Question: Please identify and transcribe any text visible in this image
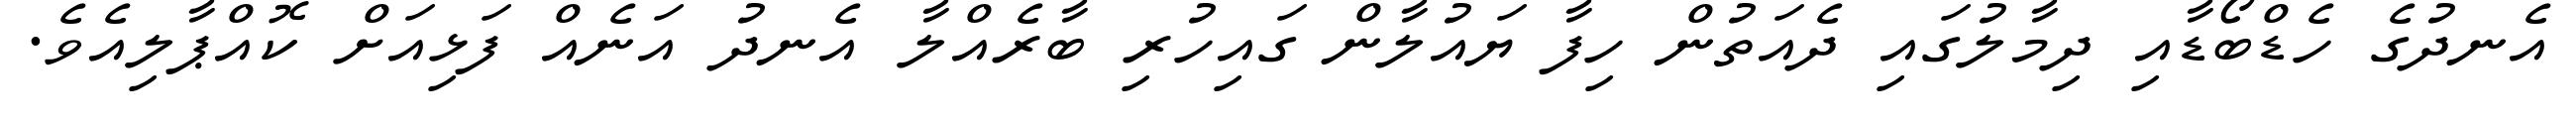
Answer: އެނދުގެ ހެޑްބޯޑާއި ދިމާލުގައި ދެއަތުން ހިފާ ޔައުލާން ގައިހުރި ބާރެއްލާ އެނދު އަނެއް ފަޅިއަށް ކޮއްޕާލިއެވެ.